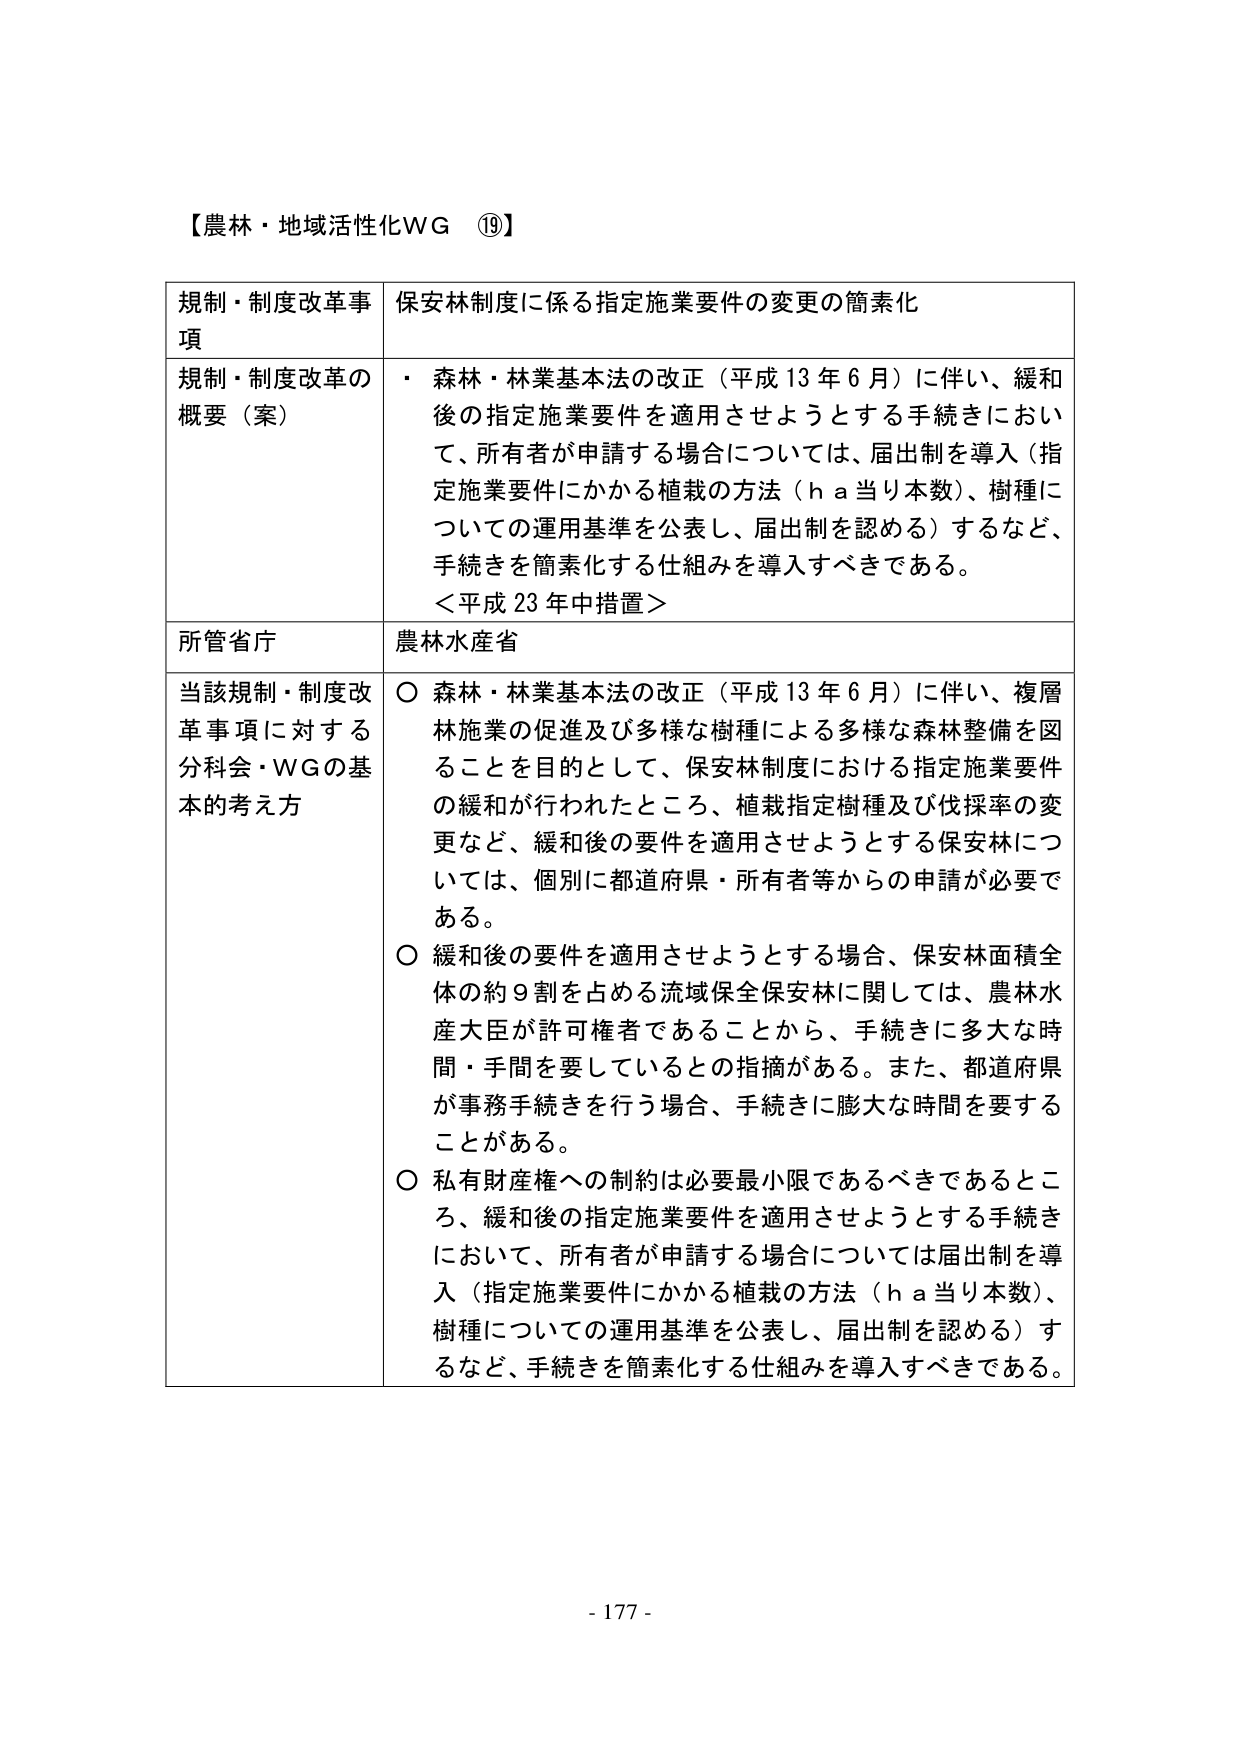
【農林・地域活性化WG ⑲】

規制・制度改革事項　保安林制度に係る指定施業要件の変更の簡素化

規制・制度改革の概要（案）　・ 森林・林業基本法の改正（平成13年6月）に伴い、緩和後の指定施業要件を適用させようとする手続きにおいて、所有者が申請する場合については、届出制を導入（指定施業要件にかかる植栽の方法（ｈａ当り本数）、樹種についての運用基準を公表し、届出制を認める）するなど、手続きを簡素化する仕組みを導入すべきである。
＜平成23年中措置＞

所管省庁　農林水産省

当該規制・制度改革事項に対する分科会・WGの基本的考え方　○ 森林・林業基本法の改正（平成13年6月）に伴い、複層林施業の促進及び多様な樹種による多様な森林整備を図ることを目的として、保安林制度における指定施業要件の緩和が行われたところ、植栽指定樹種及び伐採率の変更など、緩和後の要件を適用させようとする保安林については、個別に都道府県・所有者等からの申請が必要である。
○ 緩和後の要件を適用させようとする場合、保安林面積全体の約9割を占める流域保全保安林に関しては、農林水産大臣が許可権者であることから、手続きに多大な時間・手間を要しているとの指摘がある。また、都道府県が事務手続きを行う場合、手続きに膨大な時間を要することがある。
○ 私有財産権への制約は必要最小限であるべきであること、緩和後の指定施業要件を適用させようとする手続きにおいて、所有者が申請する場合については届出制を導入（指定施業要件にかかる植栽の方法（ｈａ当り本数）、樹種についての運用基準を公表し、届出制を認める）するなど、手続きを簡素化する仕組みを導入すべきである。

- 177 -